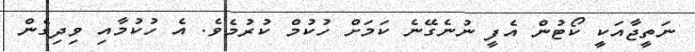
ނަތީޖާއަކީ ކޯޓުން އެފީ ނުނެގޭނެ ކަމަށް ހުކުމް ކުރުމެވެ. އެ ހުކުމާއި ވިދިގެން